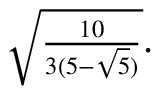
{ \scriptstyle { \sqrt { \frac { 1 0 } { 3 ( 5 - { \sqrt { 5 } } ) } } } } .